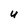
Character: U